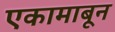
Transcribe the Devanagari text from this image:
एकामाबून